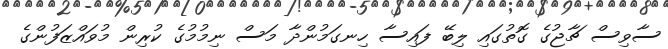
ސާވިސް ޗާޖުގެ ގޮތުގައި ލިބޭ ފައިސާ ހިނގަމުންދާ މަސް ނިމުމުގެ ކުރިން މުވައްޒަފުންގެ